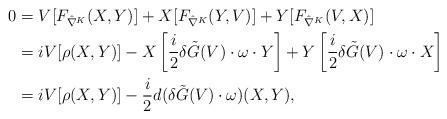
LaTeX: \begin{align*} 0 &=V[F_{\hat{\nabla}^K}(X,Y)] +X[F_{\hat{\nabla}^K}(Y,V)] +Y[F_{\hat{\nabla}^K}(V,X)]\\ &=i V[\rho(X,Y)] -X\left [\frac{i}{2} \delta \tilde{G}(V)\cdot \omega\cdot Y \right] +Y\left [\frac{i}{2} \delta \tilde{G}(V)\cdot \omega\cdot X \right]\\&=i V[\rho(X,Y)] -\frac{i}{2} d(\delta \tilde{G}(V)\cdot \omega) (X,Y),\end{align*}